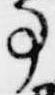
事